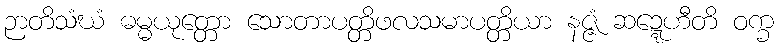
ဉာတိသံဃံ ဓမ္မယုတ္တော သောတာပတ္တိဖလသမာပတ္တိယာ နဇ္ဇံ ဆဍ္ဍေဟီတိ ဝက္ခ